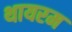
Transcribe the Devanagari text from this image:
थायरम